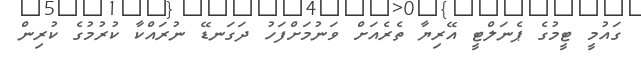
ގައުމީ ޓީމުގެ ޕެނަލްޓީ އޭރިޔާ ތެރެއަށް ވަނުމަށްފަހު ދަގަނޑޭ ނުރައްކާ ކުރުމުގެ ކުރިން